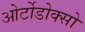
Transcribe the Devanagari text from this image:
ओर्टोडोक्सो